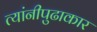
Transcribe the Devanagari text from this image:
त्यांनीपुढाकार